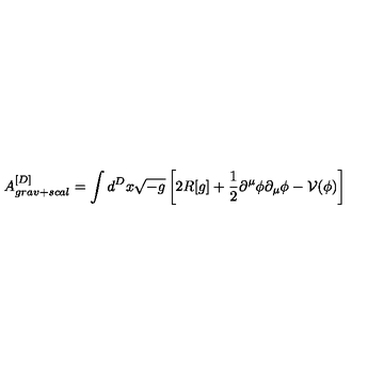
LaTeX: A _ { g r a v + s c a l } ^ { [ D ] } = \int d ^ { D } x \sqrt { - g } \left[ 2 R [ g ] + \frac { 1 } { 2 } \partial ^ { \mu } \phi \partial _ { \mu } \phi - \mathcal { V } ( \phi ) \right]